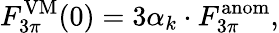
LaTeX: F_{3\pi}^{\mathrm{VM}}(0)=3\alpha_{k}\cdot F_{3\pi}^{\mathrm{anom}},